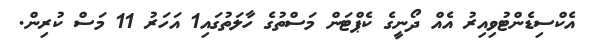
އެކްސިޑެންޓުވިއިރު އެއް ދޯނީގެ ކެޕްޓަން މަސްތުގެ ހާލަތުގައި1 އަހަރު 11 މަސް ކުރިން.